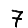
Digit: 7